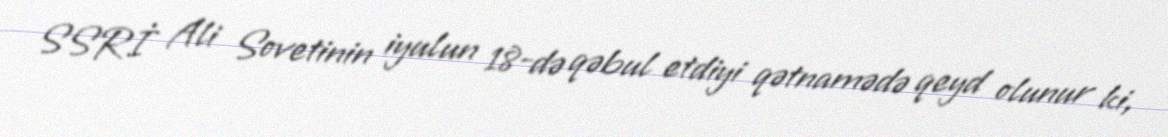
SSRİ Ali Sovetinin iyulun 18-də qəbul etdiyi qətnamədə qeyd olunur ki,